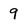
Character: 9